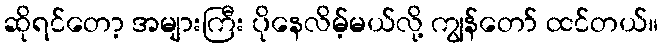
ဆိုရင်တော့ အများကြီး ပိုနေလိမ့်မယ်လို့ ကျွန်တော် ထင်တယ်။